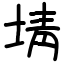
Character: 埥